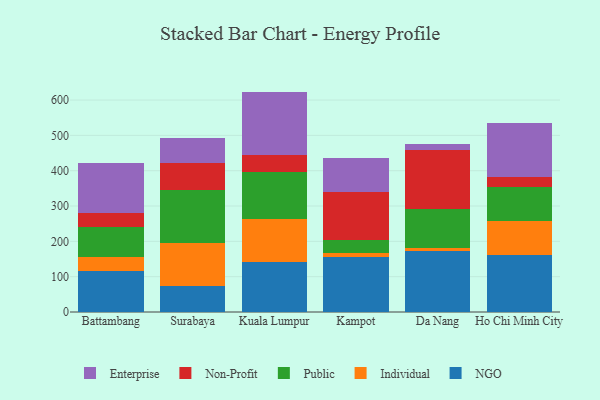
{"axis": {"x": "City", "y": "Tickets Resolved"}, "legend": ["Enterprise", "Individual", "NGO", "Non-Profit", "Public"], "data": [{"x": "Battambang", "y": 115.7, "type": "NGO"}, {"x": "Battambang", "y": 38.9, "type": "Individual"}, {"x": "Battambang", "y": 87.4, "type": "Public"}, {"x": "Battambang", "y": 38.1, "type": "Non-Profit"}, {"x": "Battambang", "y": 140.6, "type": "Enterprise"}, {"x": "Surabaya", "y": 74.2, "type": "NGO"}, {"x": "Surabaya", "y": 120.4, "type": "Individual"}, {"x": "Surabaya", "y": 150.7, "type": "Public"}, {"x": "Surabaya", "y": 76.2, "type": "Non-Profit"}, {"x": "Surabaya", "y": 70.4, "type": "Enterprise"}, {"x": "Kuala Lumpur", "y": 142.2, "type": "NGO"}, {"x": "Kuala Lumpur", "y": 120.3, "type": "Individual"}, {"x": "Kuala Lumpur", "y": 133.3, "type": "Public"}, {"x": "Kuala Lumpur", "y": 48.4, "type": "Non-Profit"}, {"x": "Kuala Lumpur", "y": 179.7, "type": "Enterprise"}, {"x": "Kampot", "y": 155.4, "type": "NGO"}, {"x": "Kampot", "y": 11.3, "type": "Individual"}, {"x": "Kampot", "y": 37.1, "type": "Public"}, {"x": "Kampot", "y": 137.3, "type": "Non-Profit"}, {"x": "Kampot", "y": 93.9, "type": "Enterprise"}, {"x": "Da Nang", "y": 172.0, "type": "NGO"}, {"x": "Da Nang", "y": 9.7, "type": "Individual"}, {"x": "Da Nang", "y": 109.4, "type": "Public"}, {"x": "Da Nang", "y": 166.9, "type": "Non-Profit"}, {"x": "Da Nang", "y": 18.8, "type": "Enterprise"}, {"x": "Ho Chi Minh City", "y": 161.6, "type": "NGO"}, {"x": "Ho Chi Minh City", "y": 96.0, "type": "Individual"}, {"x": "Ho Chi Minh City", "y": 95.6, "type": "Public"}, {"x": "Ho Chi Minh City", "y": 29.5, "type": "Non-Profit"}, {"x": "Ho Chi Minh City", "y": 153.7, "type": "Enterprise"}]}